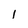
Character: I